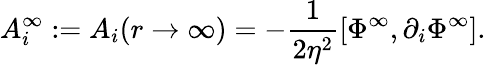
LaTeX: A_{i}^{\infty}:=A_{i}(r\rightarrow\infty)=-\frac{1}{2\eta^{2}}[\Phi^{\infty},\partial_{i}\Phi^{\infty}].